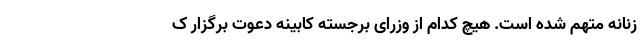
زنانه متهم شده است. هیچ کدام از وزرای برجسته کابینه دعوت برگزار ک